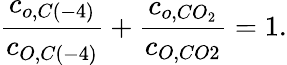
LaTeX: \frac{c_{o,C\left(-4\right)}}{c_{O,C\left(-4\right)}}+\frac{c_{o,CO_{2}}}{c_{O,CO2}}=1.